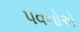
પવનોએ